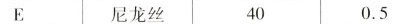
E 尼龙丝 40 0.5